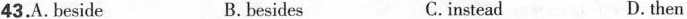
43.A. Beside B.besides C.instead D.then